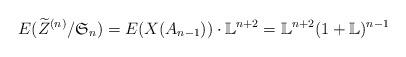
LaTeX: \begin{align*}E(\widetilde Z^{(n)}/\mathfrak S_n) = E(X(A_{n-1})) \cdot \mathbb L^{n+2} = \mathbb L^{n+2}(1+\mathbb L)^{n-1}\end{align*}